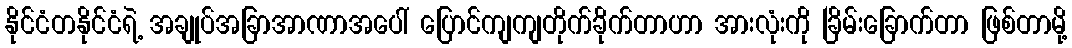
နိုင်ငံတနိုင်ငံရဲ့ အချုပ်အခြာအာဏာအပေါ် ပြောင်ကျကျတိုက်ခိုက်တာဟာ အားလုံးကို ခြိမ်းခြောက်တာ ဖြစ်တာမို့